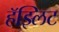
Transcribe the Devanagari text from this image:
हॅझ्लिट